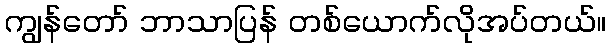
ကျွန်တော် ဘာသာပြန် တစ်ယောက်လိုအပ်တယ်။